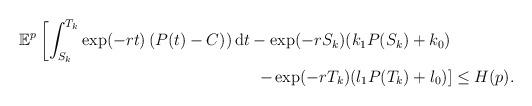
LaTeX: \begin{align*}\begin{aligned}\mathbb{E}^p\left[\int_{S_k}^{T_k}\exp(-rt)\left(P(t)-C)\right)\mathrm{d}t-\exp(-r S_k)(k_1P(S_k)+k_0)\right.&\\\left.-\exp(-r T_k)(l_1P(T_k)+l_0)\right]&\leq H(p).\end{aligned}\end{align*}